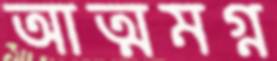
আত্মমগ্ন